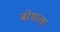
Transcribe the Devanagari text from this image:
बोथाला